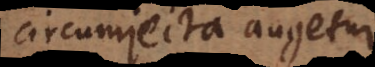
circumjecta augetur